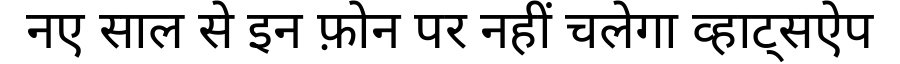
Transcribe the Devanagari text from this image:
नए साल से इन फ़ोन पर नहीं चलेगा व्हाट्सऐप